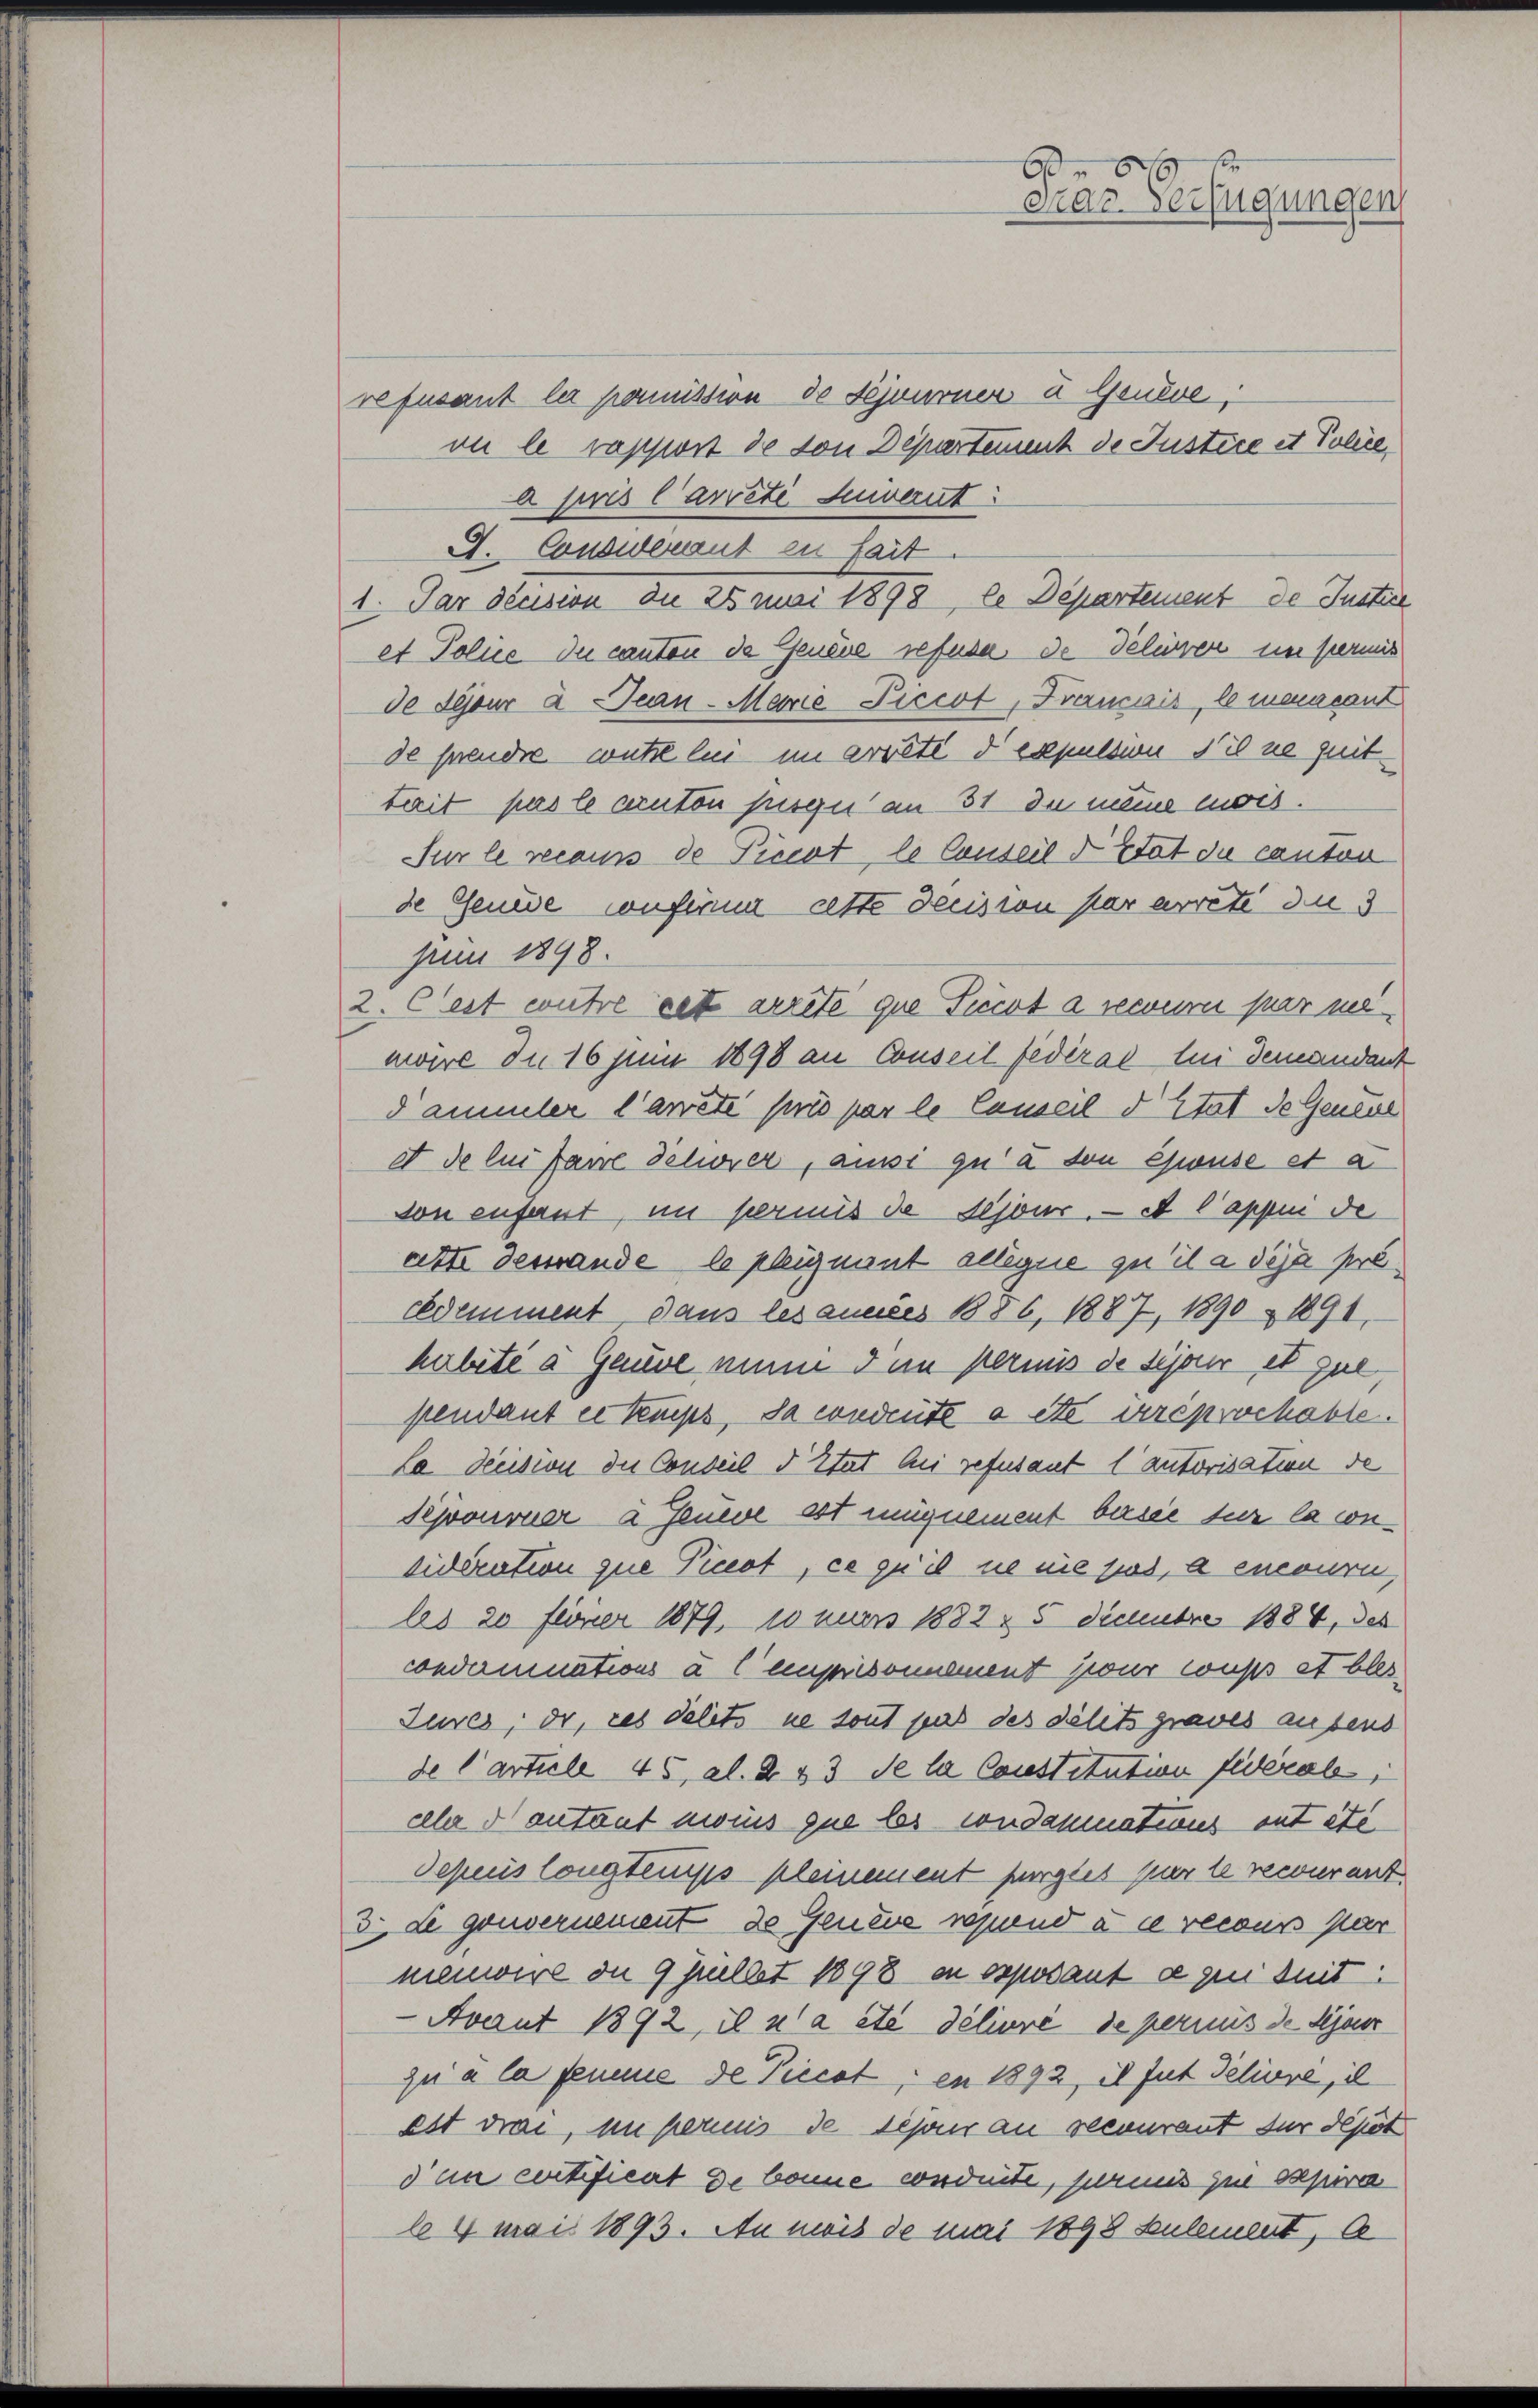
refusant la pomission de Fejuurner u Genève,
on le rapport de von Departement de Justice et Police
a juris Carreti Leuvernt
A. Conswerant in Sait
et Police du canton de Genere refuse de delioren im permis
de Seeur à Jean - Marie Piccot, Français, le mancant
de freude wütelei im errete d expulsion die ne quit
tait pas le cinton pesen an 31. In meine mois.
Fur le recours de Piccot, le Conseil d’Etat de canton
de Genede confirum atte decision par arrete du 3
für 1898.
2. Cest wutre cet arrêté que Ticot a recourir par mi
maire Ine 16 Juni 1898 an Conseil fédéral bei demandant
Dammler l’arrêté pris par le Causeil d. Stat de Geneul
e de lui fare Telerer, aussi qui a von Gwuse et a
von enfant, im permis de dejour. — A Cappui de
atte destande le pleignant gelegne qu’il a déja procdemment, dans les annes B86, 1887, 1890 & 1891,
habite a Gauve nun dem Permis de sijan et que,
pendant es kups, da condeute a etc. irréprochabte.
La decision die Conseil d Etat bei refusant lautorisation de
Sejourner a Jeneve est mügnement besie sur la condideration que Picot, ce qu’il ne nie zwei, a encouri,
les 20 feiner 1879, wo nuers 1882 & 5 Decembre 1884, des
condamnations à leuprisonnement zwar wuss et bles
Jures, de ces delets ne sont pas des délits graves ausend
de Carticle 45 al. Z. 33. Se la Constitution fidéral,
aher Fontant moins que les condammations ont été
Sepuis longtemps pleinement purgies par le recourant
3. Le gouvernement de Geneve repand à ce recour par
menwird in 9 Juellet 1898 in opposant agen seit
Avaut 1892, il n’a été délivré de permus de Kejour
zu à la femme de Piccot; en 1892, et fut Teliure, il
est drai, um permes de schon an recourant der depot
den certifient de bonne conduite, pres zu Pepera
le 4 mai 1893. An mis de mai 1898 Keulement, C

1. Par décision die 25 mai 1898, le Departement de Justice

66
Dras Verfügungen